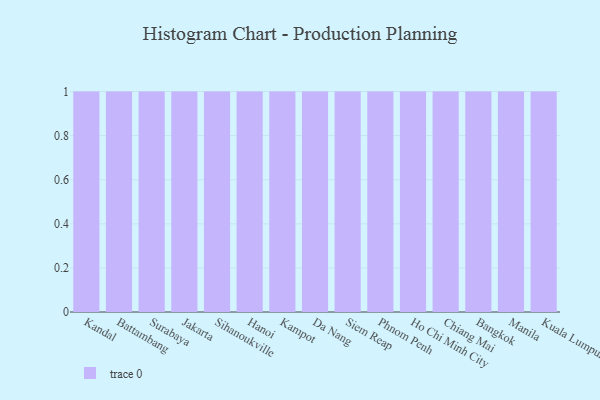
{"axis": {"x": "City", "y": "Website Visitors"}, "legend": [""], "data": [{"x": "Kandal", "y": 56, "type": ""}, {"x": "Battambang", "y": 28, "type": ""}, {"x": "Surabaya", "y": 23, "type": ""}, {"x": "Jakarta", "y": 94, "type": ""}, {"x": "Sihanoukville", "y": 5, "type": ""}, {"x": "Hanoi", "y": 92, "type": ""}, {"x": "Kampot", "y": 54, "type": ""}, {"x": "Da Nang", "y": 85, "type": ""}, {"x": "Siem Reap", "y": 18, "type": ""}, {"x": "Phnom Penh", "y": 69, "type": ""}, {"x": "Ho Chi Minh City", "y": 23, "type": ""}, {"x": "Chiang Mai", "y": 54, "type": ""}, {"x": "Bangkok", "y": 23, "type": ""}, {"x": "Manila", "y": 6, "type": ""}, {"x": "Kuala Lumpur", "y": 32, "type": ""}]}